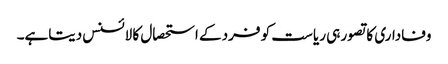
وفاداری کا تصور ہی ریاست کو فرد کے استحصال کا لائسنس دیتاہے۔